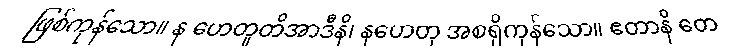
ဖြစ်ကုန်သော။ န ဟေတူတိအာဒီနိ၊ နဟေတု အစရှိကုန်သော။ ဧတာနိ တေ